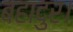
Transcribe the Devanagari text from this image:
बहादुर।